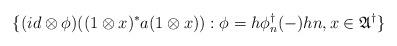
LaTeX: \begin{align*} \{ (id \otimes \phi)((1\otimes x)^\ast a (1\otimes x)) : \phi = h\phi_n^\dagger(-)h n, x \in \mathfrak A^\dagger\}\end{align*}